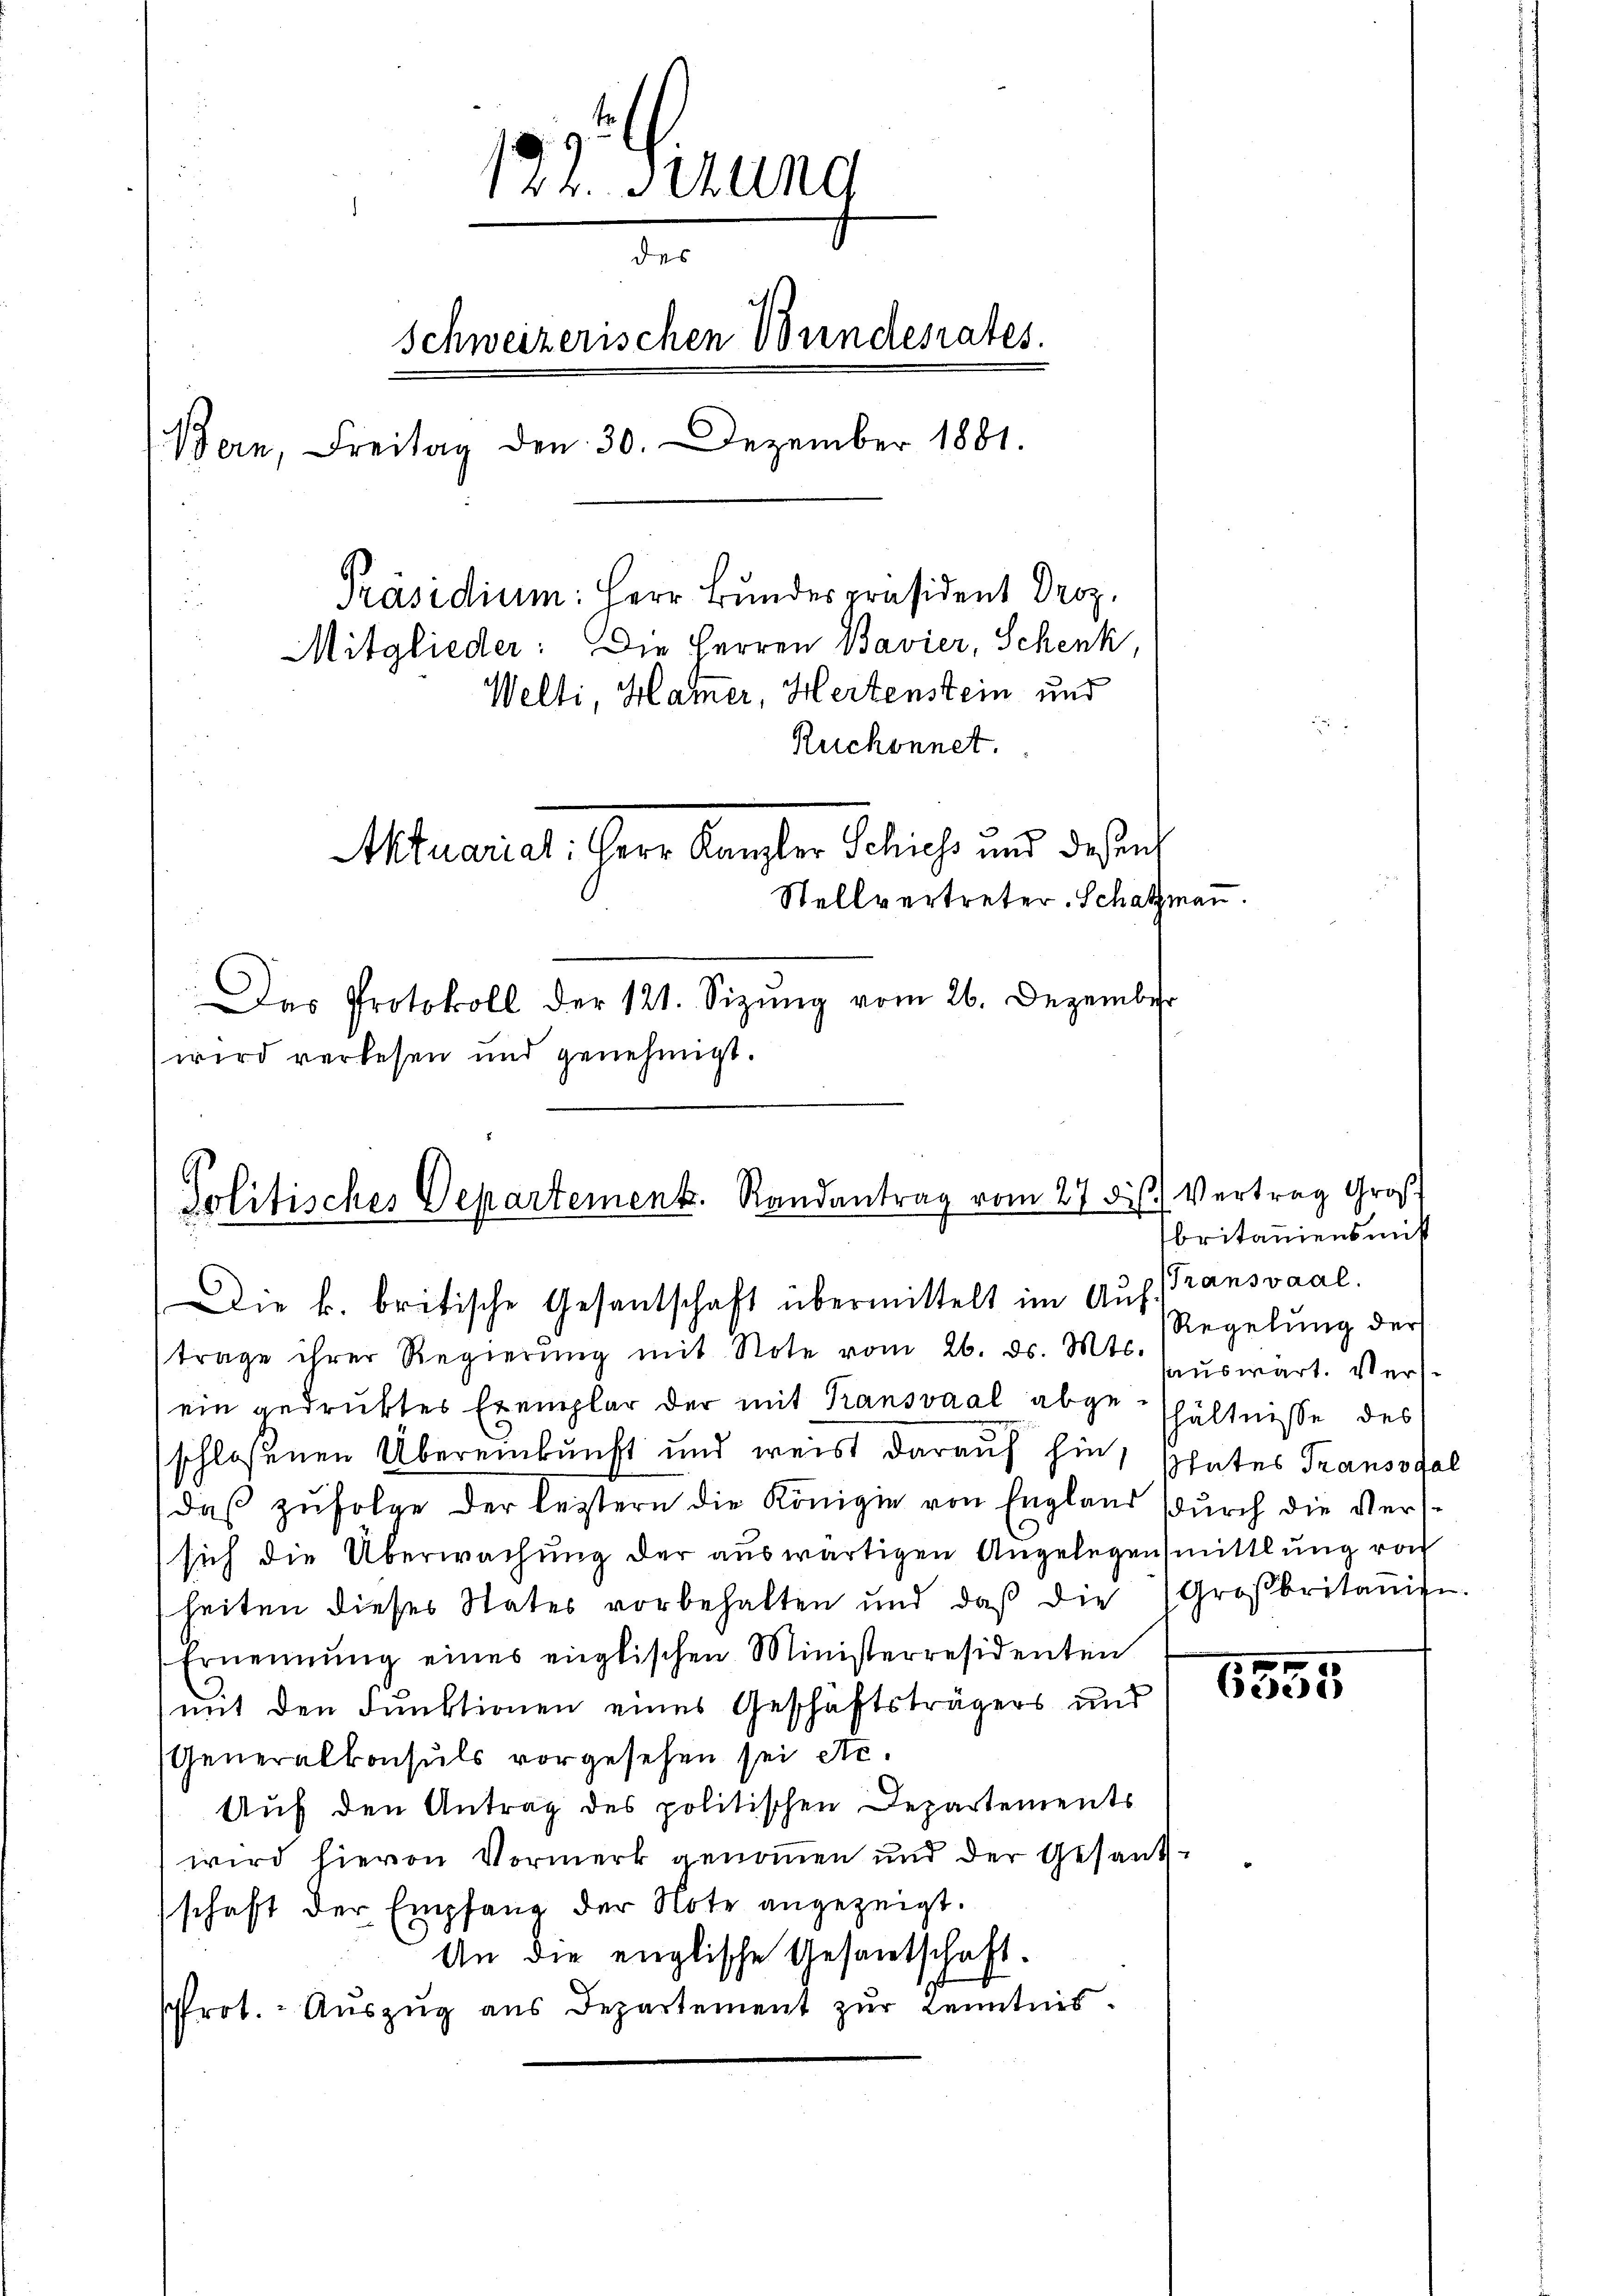
122. Stund
de
Schweizerischen Bundesrates.
Bern, Freitag den 30. Dezember 1881.
Präsidium: Herr Bundespräsident Droz.
Mitglieder: Die Herren Bavier, Schenk,
Welti, Hammer, Hertenstein und
Ruchonnet.
Aktuariat. Herr Kanzler Schichs und deßen
Stellvertreter Schatzman

Das Protokoll der 121. Sizŭng vom 26. Dezember
wird verlesen und genehmigt.

Politisches Departement. Randantrag vom 27 des Vertrag Groß

Die k. britische Gesantschaft übermittelt im Auf (Transvaal.

trage ihrer Regierŭng mit Note vom 26. ds. Mts. aŭswärt. Verein gedruktes Exemplar der mit Transvaal abgehältnisse des
schloßenen Übereinkunft und weist darauf hin, states Transsfal
daß zufolge der leistern die Königin von England durch die Verssich die Überwachung der auswärtigen Angelegensmittlung von
heiten dieses States vorbehalten und daβ die Großbritanise.
Ernennung eines englischen Ministerresidenten
mit den Funktionen eines Geschäftsträgers und 535
Generalkonsuls vorgesehen sei etc.
Auf den Antrag des politischen Departements
wird hievon Vormerk genommen und der Gesandschaft der Empfang der Note angezeigt.
An die englische Gesantschaft.
sprot. Aŭszŭg ans Departement zŭr Kenntnis.

britaniensmitt
Regelung der